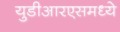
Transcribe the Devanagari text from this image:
युडीआरएसमध्ये